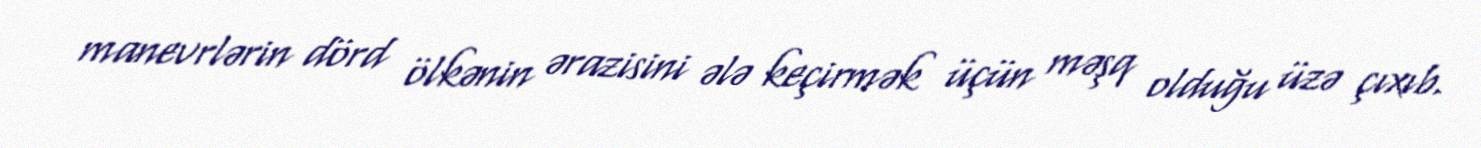
manevrlərin dörd ölkənin ərazisini ələ keçirmək üçün məşq olduğu üzə çıxıb.